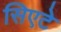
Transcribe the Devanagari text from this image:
सिएटे